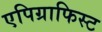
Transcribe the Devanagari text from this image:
एपिग्राफिस्ट